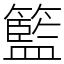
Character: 籃